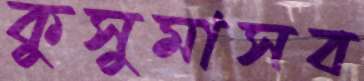
কুসুমাসব